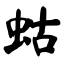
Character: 蛄